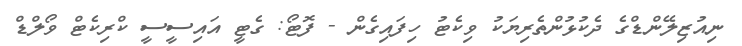
ނިއުޒިލޭންޑްގެ ދެކުޅުންތެރިޔަކު ވިކެޓު ހިފައިގެން - ފޮޓޯ: ގެޓީ އައިސީސީ ކްރިކެޓް ވޯލްޑް